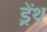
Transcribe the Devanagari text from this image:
ड्रेंथ